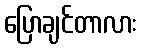
ပြောချင်တာလား